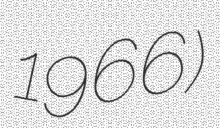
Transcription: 1966)